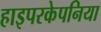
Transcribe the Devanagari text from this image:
हाइपरकेपनिया